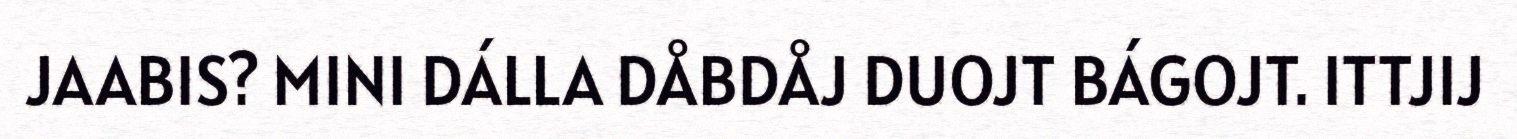
JAABIS? MINI DÁLLA DÅBDÅJ DUOJT BÁGOJT. ITTJIJ